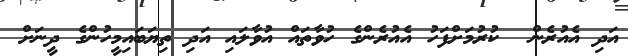
އަދި އެއުރެން  ކުރުމަށްފަހު އެއުރެންގެ ހުވާތައް އުވާލައި އަދި ތިޔަބައިމީހުންގެ ދީނަށް